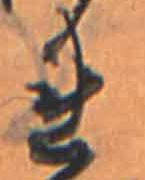
れ